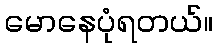
မောနေပုံရတယ်။